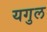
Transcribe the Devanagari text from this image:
यगुल